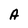
Character: A